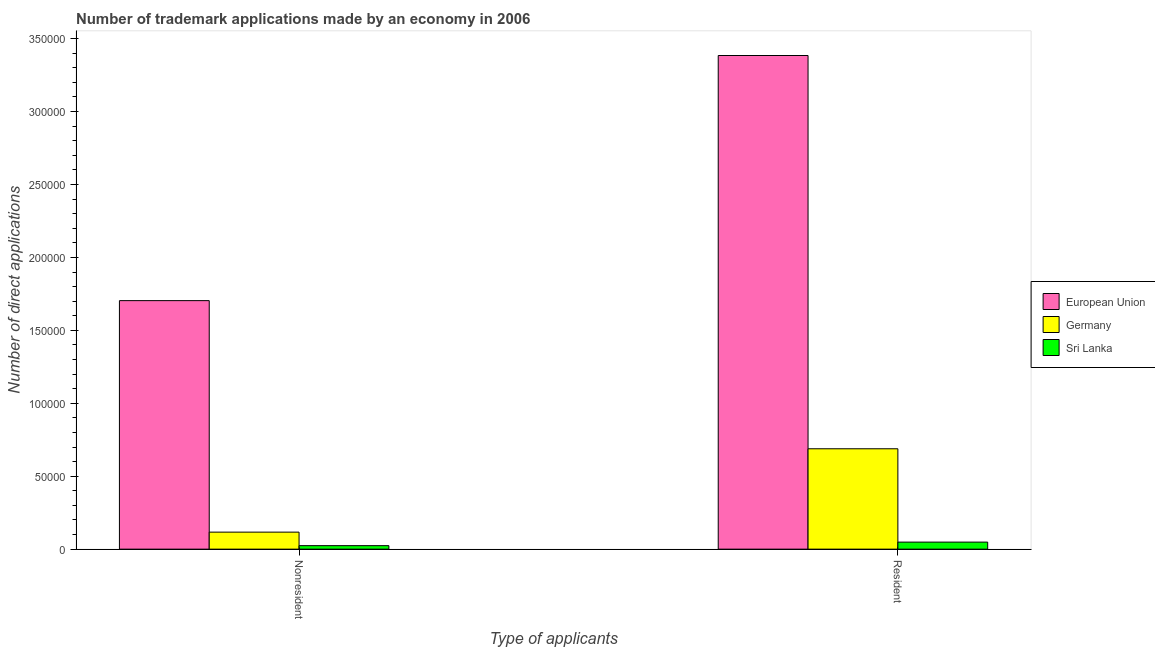
| Type of applicants | European Union | Germany | Sri Lanka |
 | --- | --- | --- | --- |
 | Nonresident | 1.7e+05 | 1.17e+04 | 2.39e+03 |
 | Resident | 3.38e+05 | 6.88e+04 | 4.82e+03 |